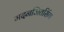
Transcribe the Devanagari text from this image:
मदनजितसिंग